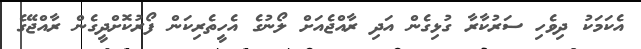
އެކަމަކު ދިވެހި ސަރުކާރާ ގުޅިގެން އަދި ރާއްޖެއަށް ލޯނުގެ އެހީތެރިކަން ފޯރުކޮށްދީގެން ރާއްޖޭގެ